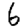
Digit: 6